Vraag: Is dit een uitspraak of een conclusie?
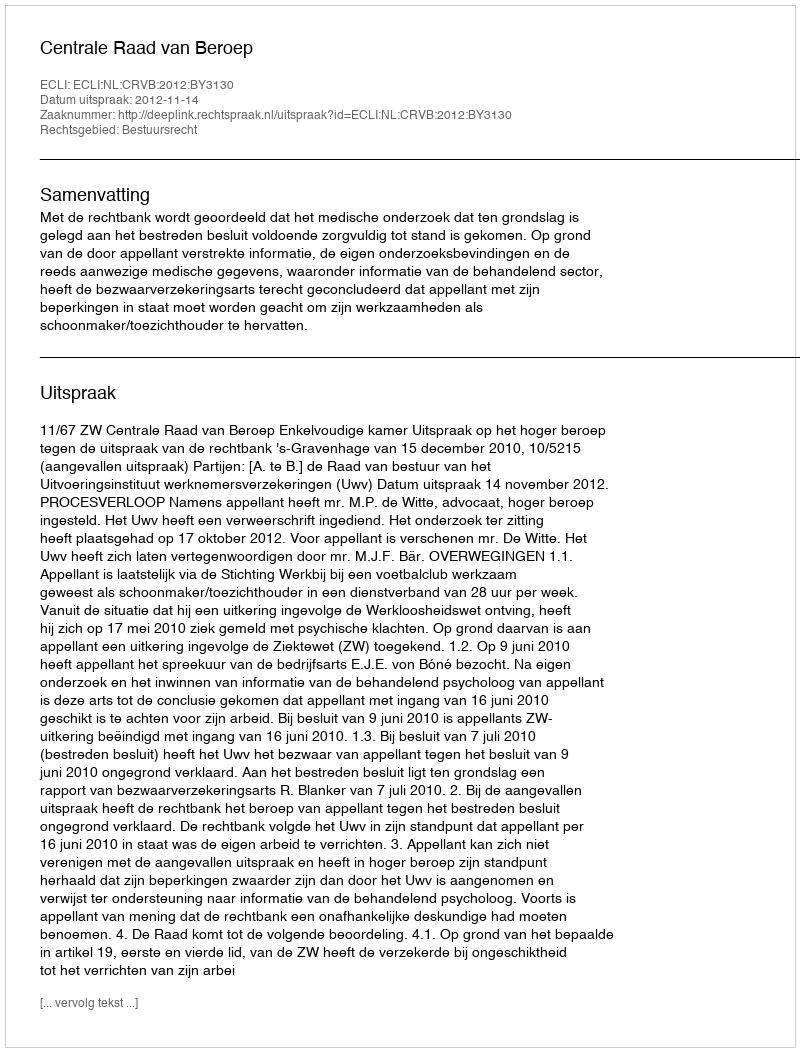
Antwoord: Uitspraak